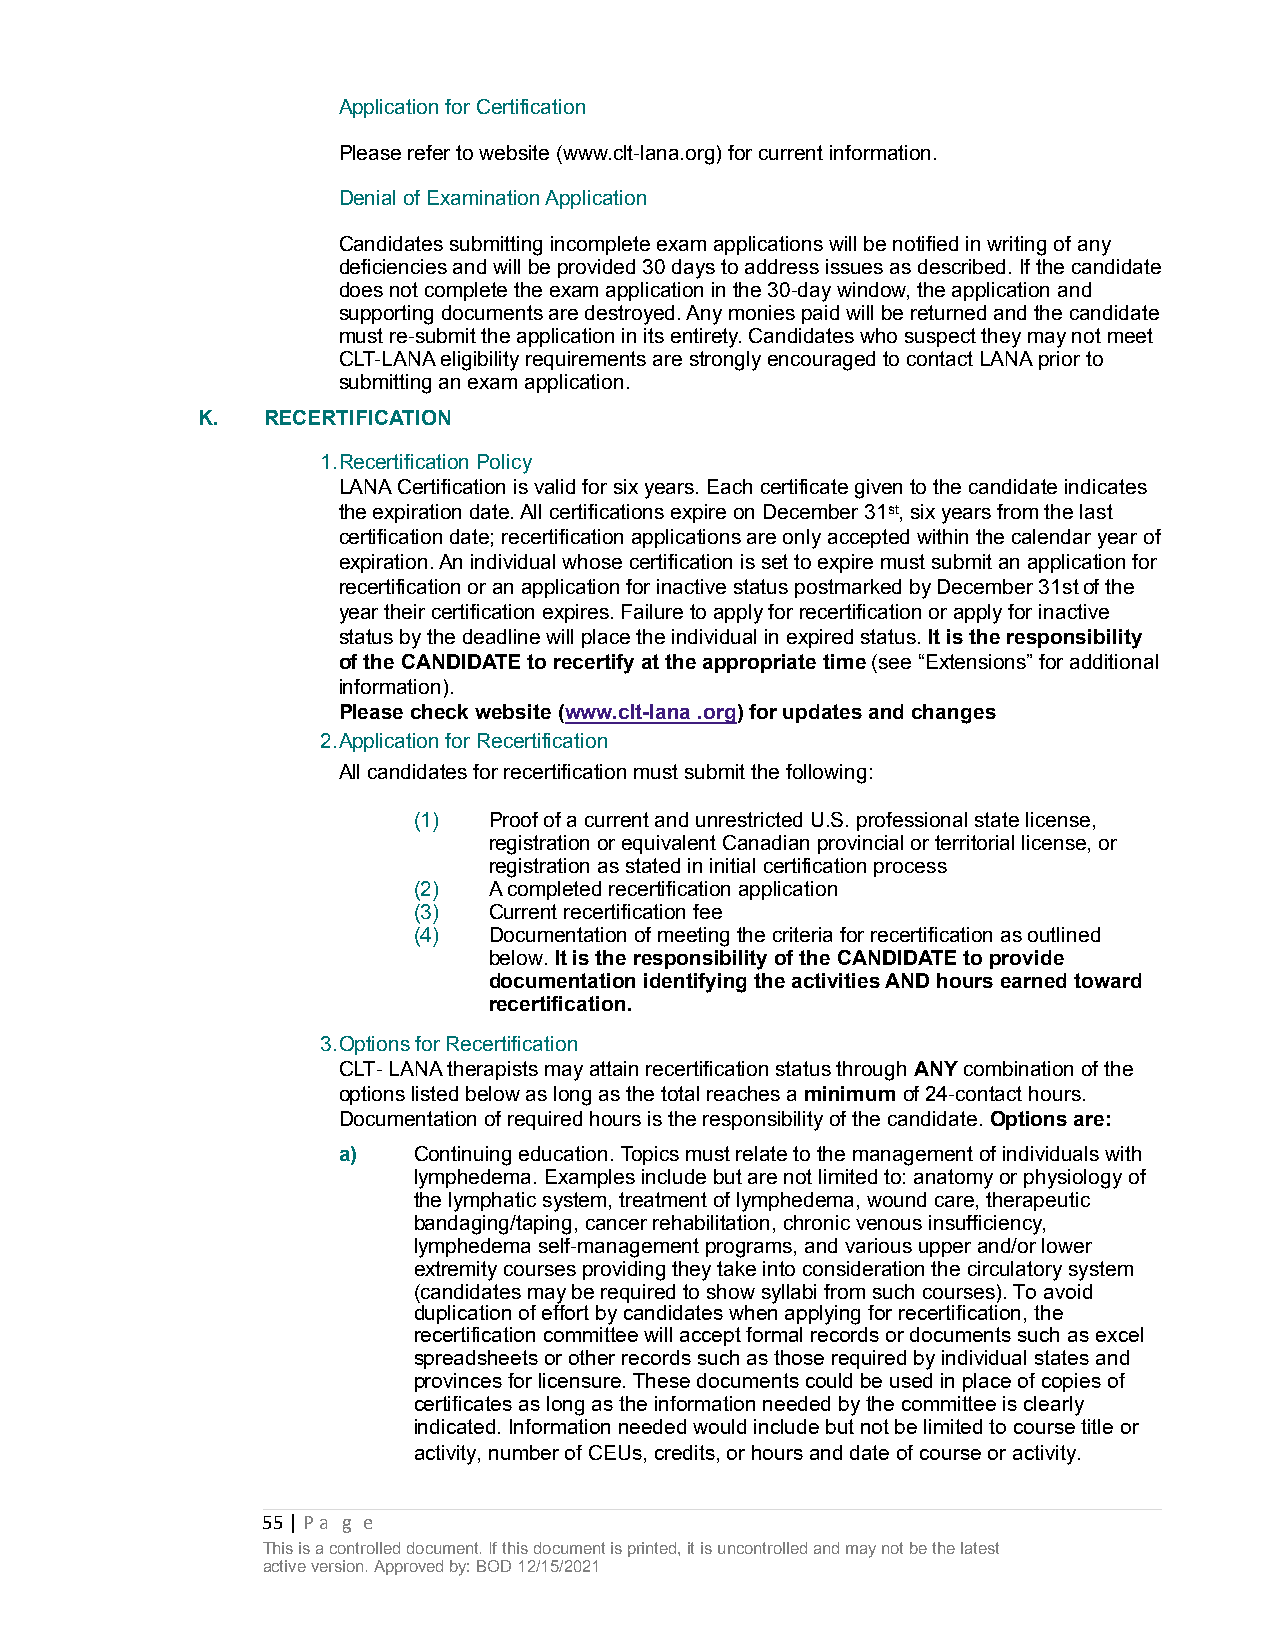
Application for Certification
 Please refer to website (www.clt-lana.org) for current information.
 Denial of Examination Application
 Candidates submitting incomplete exam applications will be notified in writing of any
 deficiencies and will be provided 30 days to address issues as described. If the candidate
 does not complete the exam application in the 30-day window, the application and
 supporting documents are destroyed. Any monies paid will be returned and the candidate
 must re-submit the application in its entirety. Candidates who suspect they may not meet
 CLT-LANA eligibility requirements are strongly encouraged to contact LANA prior to
 submitting an exam application.
 K.  RECERTIFICATION
 1.Recertification Policy
 LANA Certification is valid for six years. Each certificate given to the candidate indicates
 the expiration date. All certifications expire on December 31st, six years from the last
 certification date; recertification applications are only accepted within the calendar year of
 expiration. An individual whose certification is set to expire must submit an application for
 recertification or an application for inactive status postmarked by December 31st of the
 year their certification expires. Failure to apply for recertification or apply for inactive
 status by the deadline will place the individual in expired status. It is the responsibility
 of the CANDIDATE to recertify at the appropriate time (see “Extensions” for additional
 information).
 Please check website (www.clt-lana .org) for updates and changes
 2.Application for Recertification
 All candidates for recertification must submit the following:
 (1)  Proof of a current and unrestricted U.S. professional state license,
 registration or equivalent Canadian provincial or territorial license, or
 registration as stated in initial certification process
 (2)  A completed recertification application
 (3)  Current recertification fee
 (4)  Documentation of meeting the criteria for recertification as outlined
 below. It is the responsibility of the CANDIDATE to provide
 documentation identifying the activities AND hours earned toward
 recertification.
 3.Options for Recertification
 CLT- LANA therapists may attain recertification status through ANY combination of the
 options listed below as long as the total reaches a minimum of 24-contact hours.
 Documentation of required hours is the responsibility of the candidate. Options are:
 a)   Continuing education. Topics must relate to the management of individuals with
 lymphedema. Examples include but are not limited to: anatomy or physiology of
 the lymphatic system, treatment of lymphedema, wound care, therapeutic
 bandaging/taping, cancer rehabilitation, chronic venous insufficiency,
 lymphedema self-management programs, and various upper and/or lower
 extremity courses providing they take into consideration the circulatory system
 (candidates may be required to show syllabi from such courses). To avoid
 duplication of effort by candidates when applying for recertification, the
 recertification committee will accept formal records or documents such as excel
 spreadsheets or other records such as those required by individual states and
 provinces for licensure. These documents could be used in place of copies of
 certificates as long as the information needed by the committee is clearly
 indicated. Information needed would include but not be limited to course title or
 activity, number of CEUs, credits, or hours and date of course or activity.
 55 | Pa g e
 This is a controlled document. If this document is printed, it is uncontrolled and may not be the latest
 active version. Approved by: BOD 12/15/2021